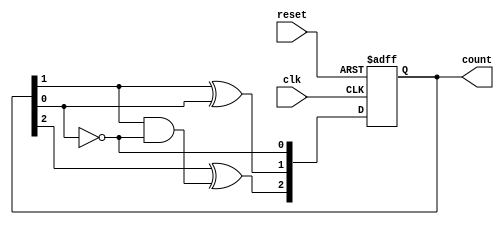
module async_counter (
    input wire clk,        // Clock input
    input wire reset,      // Asynchronous reset input
    output reg [n-1:0] count // Counter output (n bits)
);

// Parameter for the number of bits in the counter
parameter n = 3; // Change this value for a different bit width

always @(posedge clk or posedge reset) begin
    if (reset) begin
        count <= 0; // Reset the count to 0
    end else begin
        count[0] <= ~count[0]; // Toggle LSB
        // Toggle the next flip-flops based on the previous flip-flop's output
        count[1] <= count[1] ^ count[0]; // Toggling behavior of T flip-flop
        count[2] <= count[2] ^ (count[1] & ~count[0]); // Propagation delay for 2nd flip-flop
        // Repeat for additional bits if necessary
    end
end

endmodule